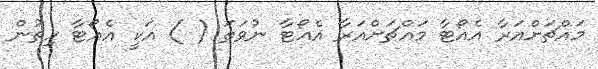
މައްޗަށްއަރާ އެއޯޓާ މައްޗަށްއަރާ އެއޯޓާ ނުވަތަ ( ) އަކީ އެއޯޓާ ހިތުން